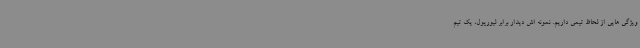
ویژگی هایی از لحاظ تیمی داریم. نمونه اش دیدار برابر لیورپول، یک تیم